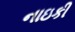
નાઇકી